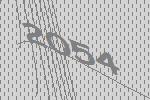
2054